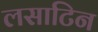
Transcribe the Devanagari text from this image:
लसाटिन